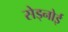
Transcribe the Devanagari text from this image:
सेड्नोई